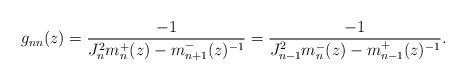
LaTeX: \begin{align*}g_{nn} (z) = \frac{ -1 } { J_n ^2 m_n ^+ (z) - m_{n+1} ^{-} (z)^{-1}} = \frac{-1}{J_{n-1}^2 m_{n} ^- (z) - m_{n-1} ^+ (z) ^{-1}}. \end{align*}